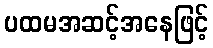
ပထမအဆင့်အနေဖြင့်